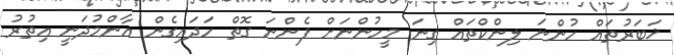
ޚަބަރުތައް ހުންނަ ލިންކްތައް ގިނަ މީހުންނަށް ފެންނަ ގޮތް ހަދައިގެން އާންމުދަނީ އިތުރު